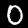
Label: 0